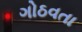
ગોઠવતા